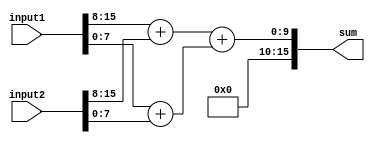
module fixed_point_adder (
  input  [15:0] input1,
  input  [15:0] input2,
  output [15:0] sum
);

reg [15:0] section1;
reg [15:0] section2;
reg [15:0] section3;

always @* begin
  section1 = input1[15:8] + input2[15:8];
  section2 = input1[7:0] + input2[7:0];
  section3 = section1 + section2;
end

assign sum = section3;

endmodule